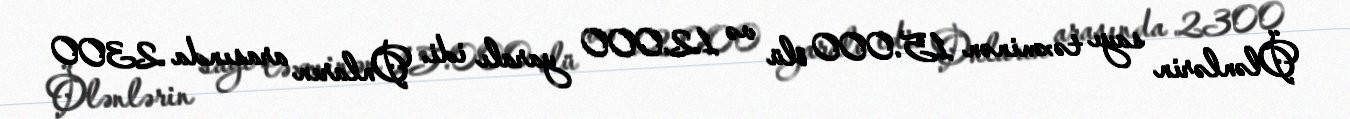
Ölənlərin sayı təxminən 15.000 ölü və 12.000 yaralı idi. Onların arasında 2300